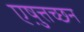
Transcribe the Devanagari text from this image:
एष़ुत्तच्छन